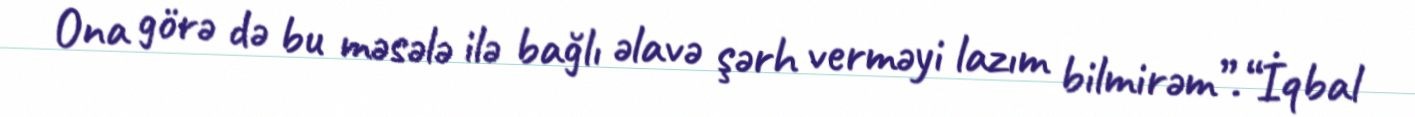
Ona görə də bu məsələ ilə bağlı əlavə şərh verməyi lazım bilmirəm”.“İqbal